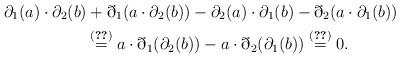
LaTeX: \begin{gather*} \partial_1(a) \cdot \partial_2(b) + \eth_1(a \cdot \partial_2(b)) - \partial_2(a) \cdot \partial_1(b) - \eth_2(a \cdot \partial_1(b))\\ \qquad{} \overset{\eqref{eq:qadm2}}{=} a \cdot \eth_1(\partial_2(b)) - a \cdot \eth_2(\partial_1(b)) \overset{\eqref{eq:vip1}}{=} 0. \end{gather*}